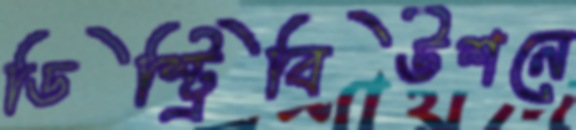
ডিস্ট্রিবিউশনে